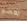
لعضو